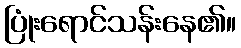
ပြုံးရောင်သန်းနေ၏။